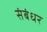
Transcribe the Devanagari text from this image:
संबंधर